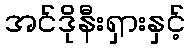
အင်ဒိုနီးရှားနှင့်